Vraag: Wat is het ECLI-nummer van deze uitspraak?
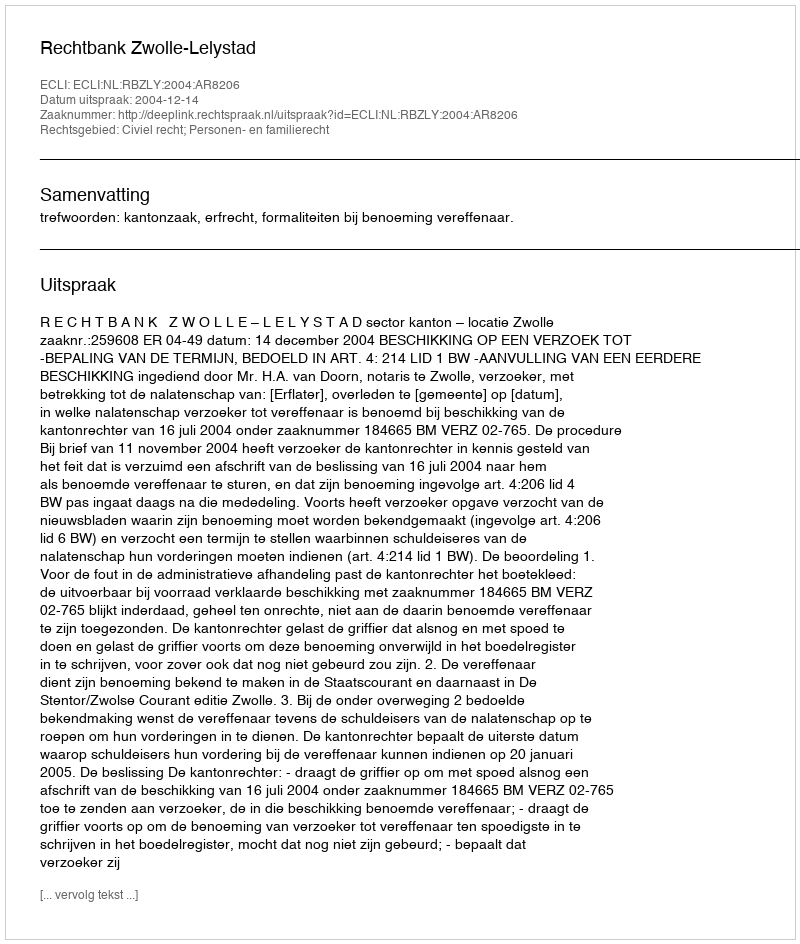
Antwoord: ECLI:NL:RBZLY:2004:AR8206